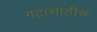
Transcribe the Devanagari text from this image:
गटासाठीच